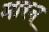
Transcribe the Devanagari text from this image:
मारन्